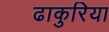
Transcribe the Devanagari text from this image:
ढाकुरिया